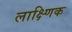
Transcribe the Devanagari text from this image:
लाक्ष्णिक